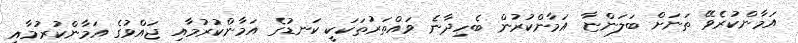
އަމާންކުރެވޭ ތަނަށް ބަލަންޏާ އަމާންކުރުން ބެހިދާނެ ވައްތަރުތަކަކީ ކަނޑުގެ އަމާންކުރުމާއި ޖައްވުގެ އަމާންކުރުމާއި